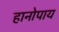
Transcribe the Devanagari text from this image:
हानोपाय